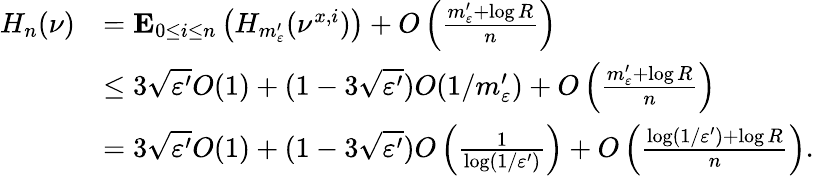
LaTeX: \begin{array}{rl}{H_{n}(\nu)}&{=\mathbf E_{0\leq i\leq n}\left(H_{m_{\varepsilon}^{\prime}}(\nu^{x,i})\right)+O\left(\frac{m_{\varepsilon}^{\prime}+\log R}{n}\right)}\\ &{\leq 3\sqrt{\varepsilon^{\prime}}O(1)+(1-3\sqrt{\varepsilon^{\prime}})O(1/m_{\varepsilon}^{\prime})+O\left(\frac{m_{\varepsilon}^{\prime}+\log R}{n}\right)}\\ &{=3\sqrt{\varepsilon^{\prime}}O(1)+(1-3\sqrt{\varepsilon^{\prime}})O\left(\frac{1}{\log(1/\varepsilon^{\prime})}\right)+O\left(\frac{\log(1/\varepsilon^{\prime})+\log R}{n}\right).}\end{array}